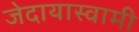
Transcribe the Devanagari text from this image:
जेदायास्वामी